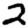
Digit: 2